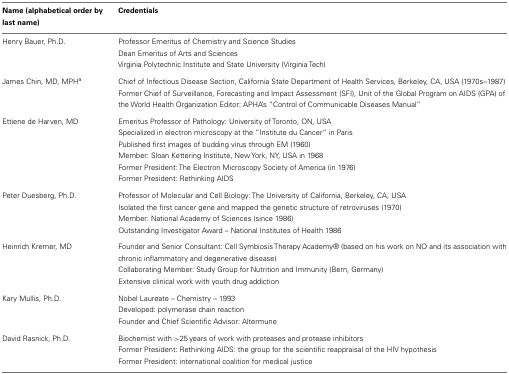
| Name (alphabetical order by last name) | Credentials |
 | --- | --- |
 | Henry Bauer, Ph.D. | Professor Emeritus of Chemistry and Science Studies |
 |  | Dean Emeritus of Arts and Sciences |
 |  | Virginia Polytechnic Institute and State University (Virginia Tech) |
 | James Chin, MD, MPHa | Chief of Infectious Disease Section, California State Department of Health Services, Berkeley, CA, USA (1970s–1987) |
 |  | Former Chief of Surveillance, Forecasting and Impact Assessment (SFI), Unit of the Global Program on AIDS (GPA) of the World Health Organization Editor: APHA’s “Control of Communicable Diseases Manual” |
 | Ettiene de Harven, MD | Emeritus Professor of Pathology: University of Toronto, ON, USA |
 |  | Specialized in electron microscopy at the “Institute du Cancer” in Paris |
 |  | Published first images of budding virus through EM (1960) |
 |  | Member: Sloan Kettering Institute, New York, NY, USA in 1968 |
 |  | Former President: The Electron Microscopy Society of America (in 1976) |
 |  | Former President: Rethinking AIDS |
 | Peter Duesberg, Ph.D. | Professor of Molecular and Cell Biology: The University of California, Berkeley, CA, USA |
 |  | Isolated the first cancer gene and mapped the genetic structure of retroviruses (1970) |
 |  | Member: National Academy of Sciences (since 1986) |
 |  | Outstanding Investigator Award – National Institutes of Health 1986 |
 | Heinrich Kremer, MD | Founder and Senior Consultant: Cell Symbiosis Therapy Academy® (based on his work on NO and its association with chronic inflammatory and degenerative disease) |
 |  | Collaborating Member: Study Group for Nutrition and Immunity (Bern, Germany) |
 |  | Extensive clinical work with youth drug addiction |
 | Kary Mullis, Ph.D. | Nobel Laureate – Chemistry – 1993 |
 |  | Developed: polymerase chain reaction |
 |  | Founder and Chief Scientific Advisor: Altermune |
 | David Rasnick, Ph.D. | Biochemist with >25 years of work with proteases and protease inhibitors |
 |  | Former President: Rethinking AIDS: the group for the scientific reappraisal of the HIV hypothesis |
 |  | Former President: international coalition for medical justice |